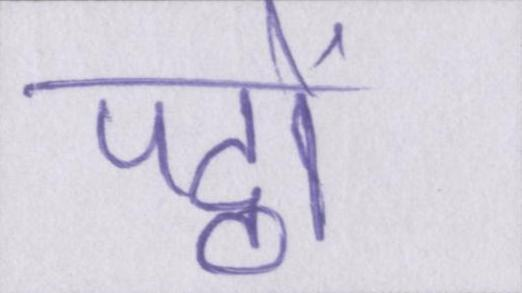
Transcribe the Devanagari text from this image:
पट्ठों